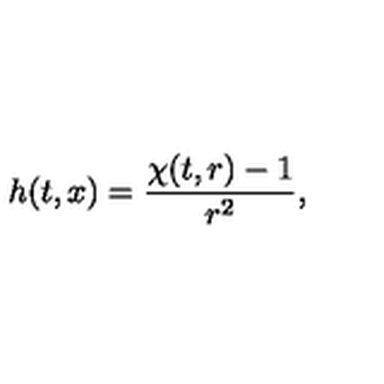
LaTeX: h ( t , x ) = \frac { \chi ( t , r ) - 1 } { r ^ { 2 } } ,